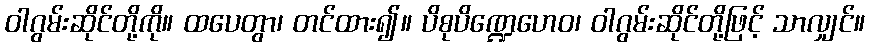
ဝါဂွမ်းဆိုင်တို့ကို။ ထပေတွာ၊ တင်ထား၍။ ပိစုပိဏ္ဍေဟေဝ၊ ဝါဂွမ်းဆိုင်တို့ဖြင့် သာလျှင်။